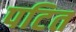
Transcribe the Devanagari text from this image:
पटित